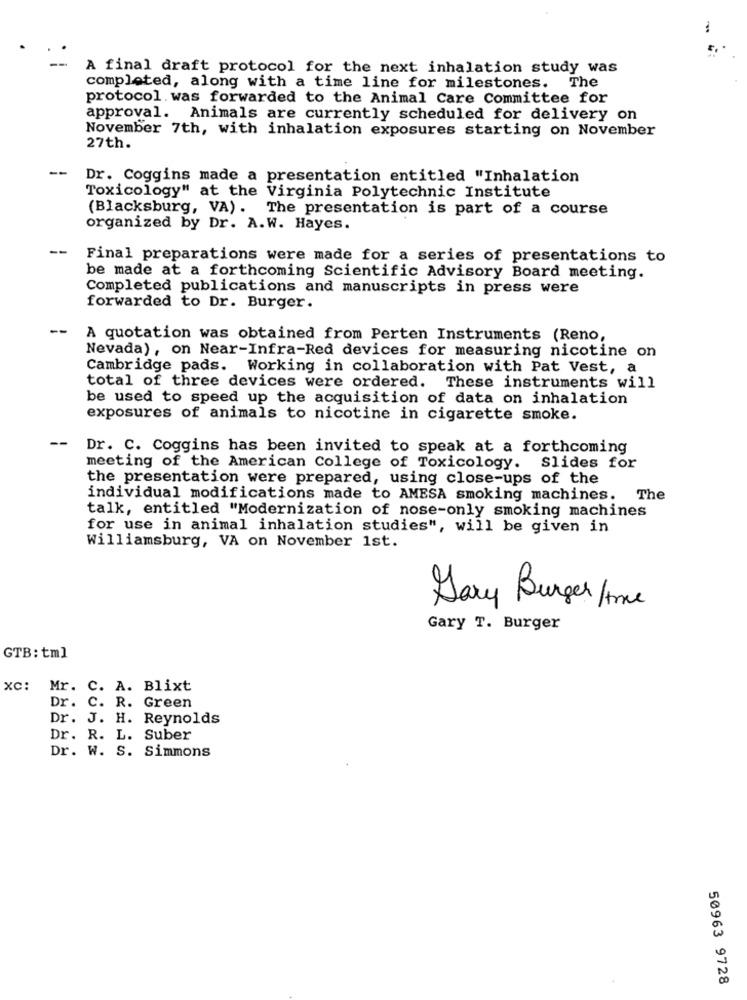
A final draft protocol for the next inhalation study was
The
completed, along with a time line for milestones.
protocol.was forwarded to the Animal Care Committee for
approval. Animals are currently scheduled for delivery on
November 7th, with inhalation exposures starting on November
27th.
--
Dr. Coggins made a presentation entitled "Inhalation
Toxicology" at the Virginia Polytechnic Institute
(Blacksburg, VA). The presentation is part of a course
organized by Dr. A.W. Hayes.
--
Final preparations were made for a series of presentations to
be made at a forthcoming Scientific Advisory Board meeting.
Completed publications and manuscripts in press were
forwarded to Dr. Burger.
--
A quotation was obtained from Perten Instruments (Reno,
Nevada), on Near-Infra-Red devices for measuring nicotine on
Cambridge pads. Working in collaboration with Pat Vest, a
total of three devices were ordered. These instruments will
be used to speed up the acquisition of data on inhalation
exposures of animals to nicotine in cigarette smoke.
--
Dr. C. Coggins has been invited to speak at a forthcoming
meeting of the American College of Toxicology. Slides for
the presentation were prepared, using close-ups of the
individual modifications made to AMESA smoking machines.
The
talk, entitled "Modernization of nose-only smoking machines
for use in animal inhalation studies", will be given in
Williamsburg, VA on November 1st.
Gary Burger 1me
Gary T. Burger
GTB: tml
XC:
Mr. C. A. Blixt
Dr. C. R. Green
Dr. J. H. Reynolds
Dr. R. L. Suber
Dr. W. S. Simmons
50963 9728